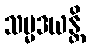
သမ္မဒယန္တိ